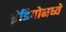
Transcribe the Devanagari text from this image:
इंडिगोमध्ये